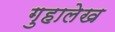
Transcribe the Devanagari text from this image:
गुहालेख